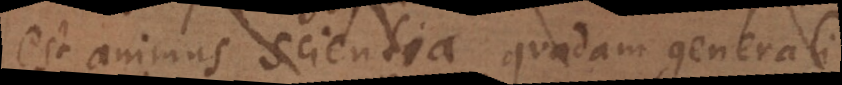
est animus scientia quadam generali.